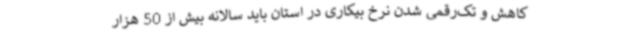
کاهش و تک‌رقمی شدن نرخ بیکاری در استان باید سالانه بیش از 50 هزار